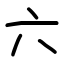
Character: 六